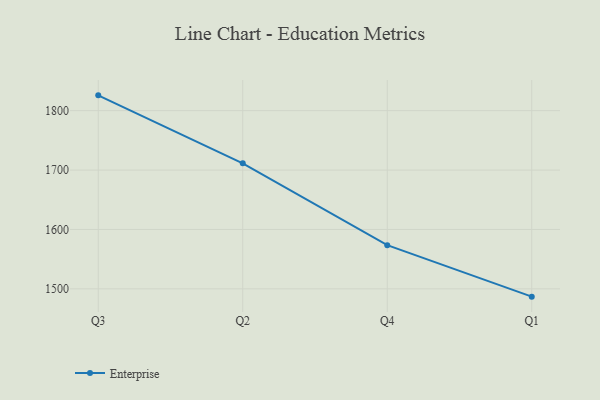
{"axis": {"x": "Quarter", "y": "Shipments"}, "legend": ["Enterprise"], "data": [{"x": "Q3", "y": 1825.8, "type": "Enterprise"}, {"x": "Q2", "y": 1711.4, "type": "Enterprise"}, {"x": "Q4", "y": 1573.6, "type": "Enterprise"}, {"x": "Q1", "y": 1486.9, "type": "Enterprise"}]}